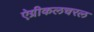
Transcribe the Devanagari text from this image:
ऐग्रीकलचरल